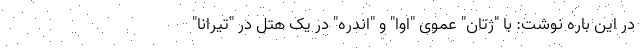
در این باره نوشت: با "ژتان" عموی "اوا" و "اندره" در یک هتل در "تیرانا"